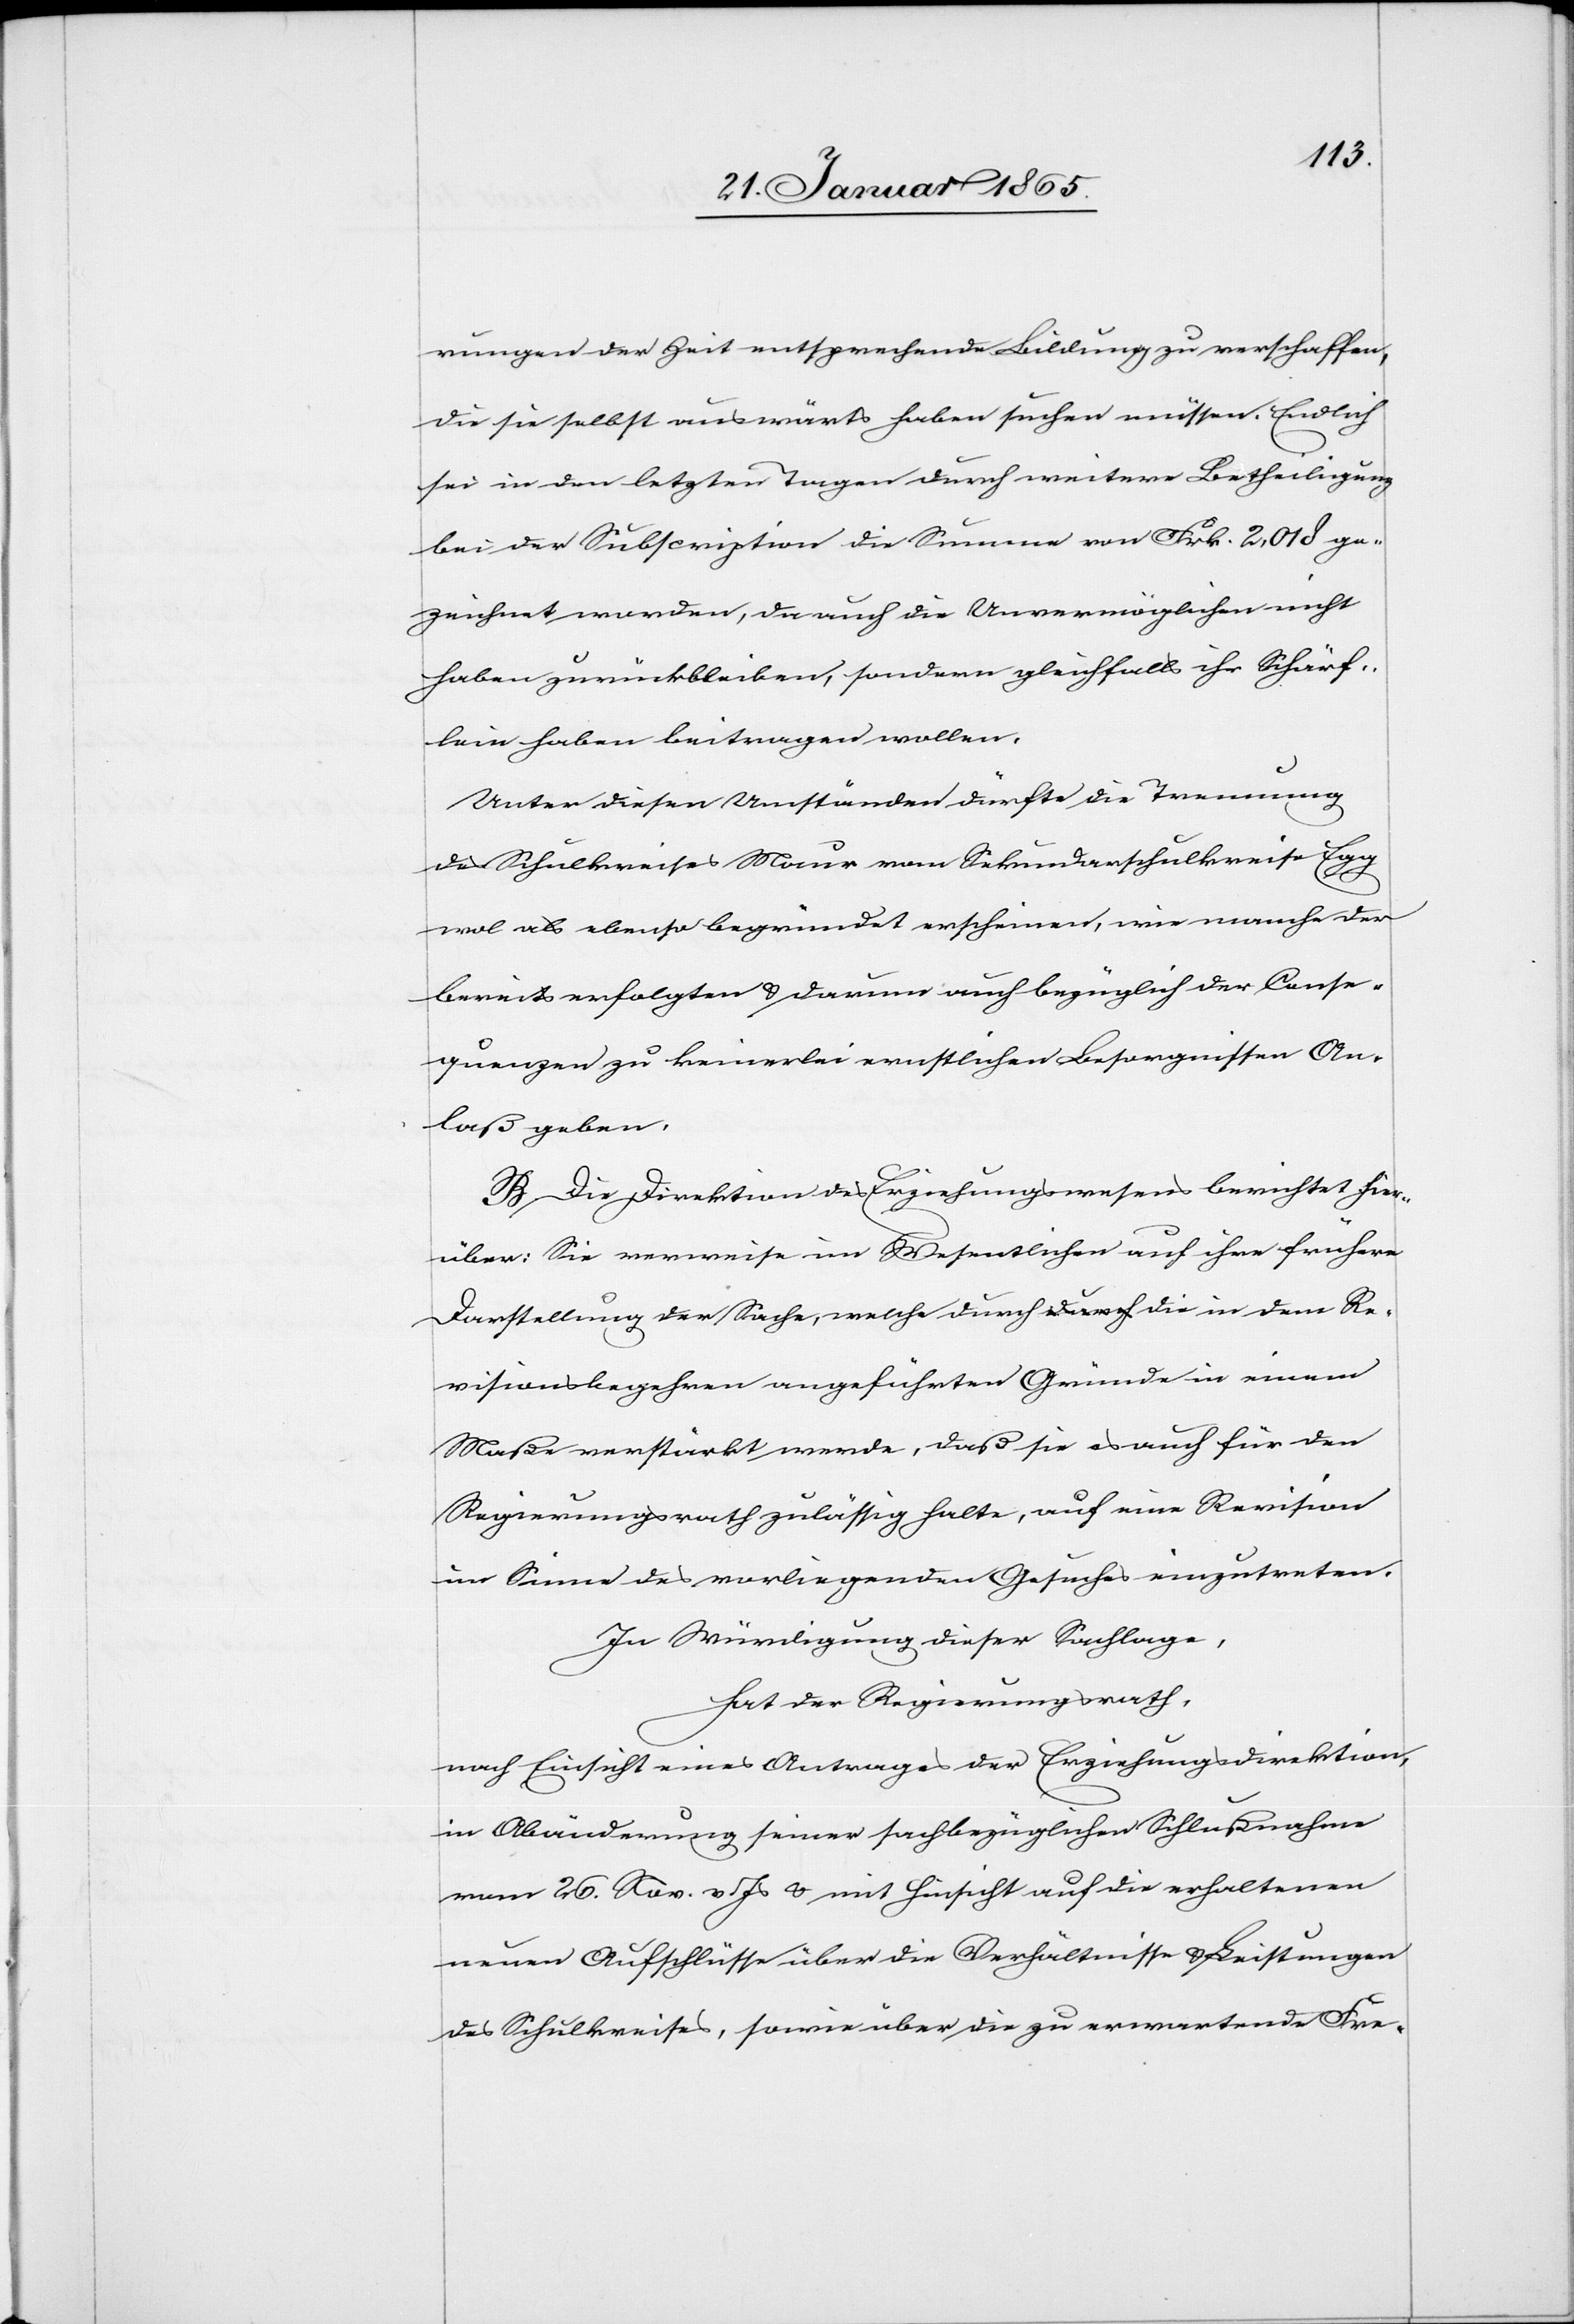
rungen der Zeit entsprechende Bildung zu verschaffen,
die sie selbst auswärts haben suchen müssen. Endlich
sei in den letzten Tagen durch weitere Betheiligung
bei der Subscription die Summe von Frk. 2,018 ge¬
zeichnet worden, da auch die Unvermöglichen nicht
haben zurückbleiben, sondern gleichfalls ihr Schärf¬
lein haben beitragen wollen.
Unter diesen Umständen dürfte die Trennung
des Schulkreises Maur vom Sekundarschulkreise Egg
wol als ebenso begründet erscheinen, wie manche der
bereits erfolgten u. darum auch bezüglich der Conse¬
quenzen zu keinerlei ernstlichen Besorgnissen An¬
laß geben.
B. Die Direktion des Erziehungswesens berichtet hier¬
über: Sie verweise im Wesentlichen auf ihre frühere
Darstellung der Sache, welche durch die in dem Re¬
visionsbegehren angeführten Gründe in einem
Maße verstärkt werde, daß sie es auch für den
Regierungsrath zulässig halte, auf eine Revision
im Sinne des vorliegenden Gesuches einzutreten.
In Würdigung dieser Sachlage,
hat der Regierungsrath,
nach Einsicht eines Antrages der Erziehungsdirektion,
in Abänderung seiner sachbezüglichen Schlußnahme
vom 26. Nov. v Js u. mit Hinsicht auf die erhaltenen
neuen Aufschlüsse über die Verhältnisse u. Leistungen
des Schulkreises, sowie über die zu erwartende Fre-